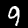
Digit: 9